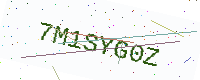
Text: 7M1SYG0Z